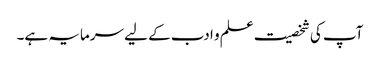
آپ کی شخصیت علم و ادب کے لیے سرمایہ ہے۔